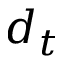
d _ { t }